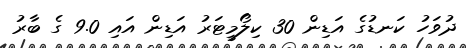
ދުވަހު ކަނޑުގެ އަޑިން 30 ކިލޯމީޓަރު އަޑިން އައި 9.0 ގެ ބާރު